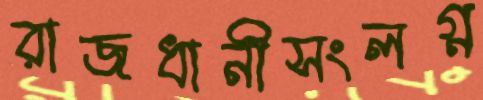
রাজধানীসংলগ্ন